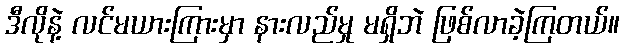
ဒီလိုနဲ့ လင်မယားကြားမှာ နားလည်မှု မရှိဘဲ ဖြစ်လာခဲ့ကြတယ်။